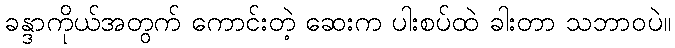
ခန္ဒာကိုယ်အတွက် ကောင်းတဲ့ ဆေးက ပါးစပ်ထဲ ခါးတာ သဘာဝပဲ။